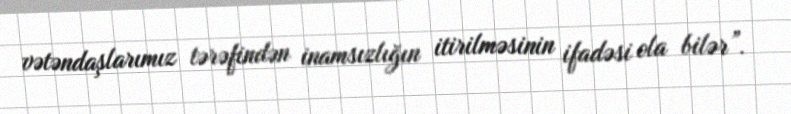
vətəndaşlarımız tərəfindən inamsızlığın itirilməsinin ifadəsi ola bilər”.